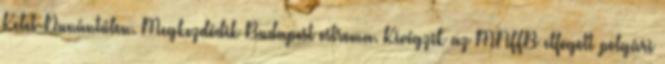
Kelet-Dunántúlon. Megkezdõdik Budapest ostroma. Kivégzik az MNFFB elfogott polgári